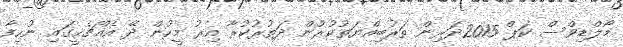
މޯލްޑިވްސް ކަޕް 2015ދަރިން ތަރުބިއްޔަތުކުރުން ދަތުރުކުރާ އިރު މީހުން ދޭ އެއްޗެހީގައި ނުހިފާ